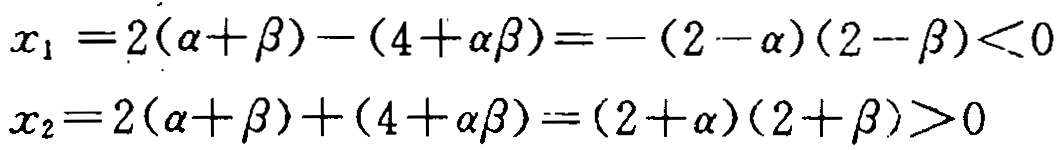
\[
\begin{align*}
x_{1}&=2(\alpha + \beta)-(4+\alpha\beta)=-(2 - \alpha)(2 - \beta)<0\\
x_{2}&=2(\alpha + \beta)+(4+\alpha\beta)=(2 + \alpha)(2 + \beta)>0
\end{align*}
\]